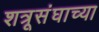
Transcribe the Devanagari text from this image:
शत्रूसंघाच्या